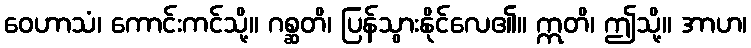
ဝေဟာသံ၊ ကောင်းကင်သို့။ ဂစ္ဆတိ၊ ပြန်သွားနိုင်လေ၏။ ဣတိ၊ ဤသို့။ အာဟ၊